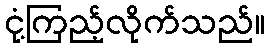
ငုံ့ကြည့်လိုက်သည်။